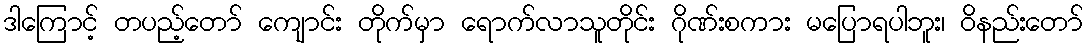
ဒါကြောင့် တပည့်တော် ကျောင်း တိုက်မှာ ရောက်လာသူတိုင်း ဂိုဏ်းစကား မပြောရပါဘူး၊ ဝိနည်းတော်